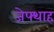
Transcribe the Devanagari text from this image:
जेफ्थाह